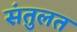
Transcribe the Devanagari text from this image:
संतुलत